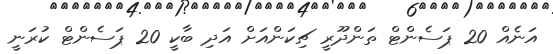
އަނެއް 20 ޕަސެންޓް ތަންދޫރީ ޗިކަންއަށް އަދި ބާކީ 20 ޕަސެންޓް ކުރަނީ